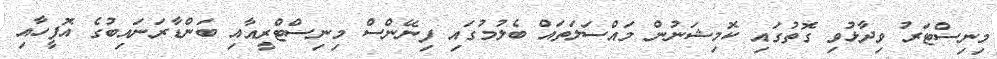
މިނިސްޓަރު ވިދާޅުވި ގޮތުގައި ކޮމިޝަނުން މައްސަލަތައް ބެލުމުގައި ފިނޭންސް މިނިސްޓްރީއާއި ބަންޑާރަނައިބުގެ އޮފީހާއި